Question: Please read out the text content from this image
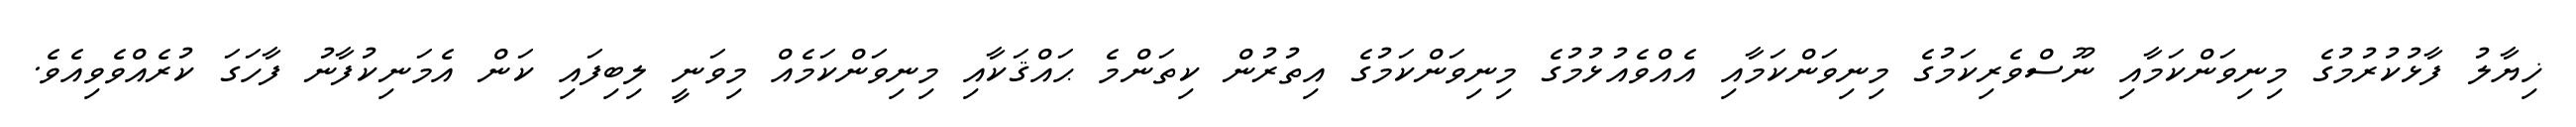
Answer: ޚިޔާލު ފާޅުކުރުމުގެ މިނިވަންކަމާއި ނޫސްވެރިކަމުގެ މިނިވަންކަމާއި އެއްވެއުޅުމުގެ މިނިވަންކަމުގެ އިތުރުން ކިތަންމެ ޙައްޤަކާއި މިނިވަންކަމެއް މިވަނީ ލިބިފައި ކަން އެމަނިކުފާނު ފާހަގަ ކުރެއްވެވިއެވެ.